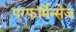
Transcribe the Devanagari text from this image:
परफॉर्मेन्सेज